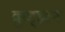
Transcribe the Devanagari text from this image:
क्रुट्झन